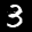
Label: 3